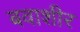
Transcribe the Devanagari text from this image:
बवाशीर